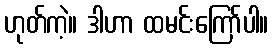
ဟုတ်ကဲ့။ ဒါဟာ ထမင်းကြော်ပါ။